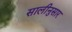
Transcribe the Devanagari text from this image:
सालीनुसार